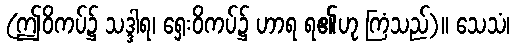
(ဤဝိကပ်၌ သဒ္ဒါရ၊ ရှေးဝိကပ်၌ ဟာရ ရ၏ဟု ကြံသည်)။ သေသံ၊